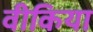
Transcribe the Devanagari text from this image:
वीकिया